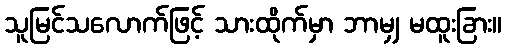
သူမြင်သလောက်ဖြင့် သားထိုက်မှာ ဘာမျှ မထူးခြား။